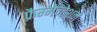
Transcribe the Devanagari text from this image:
फ्रैग्मेन्टेशन